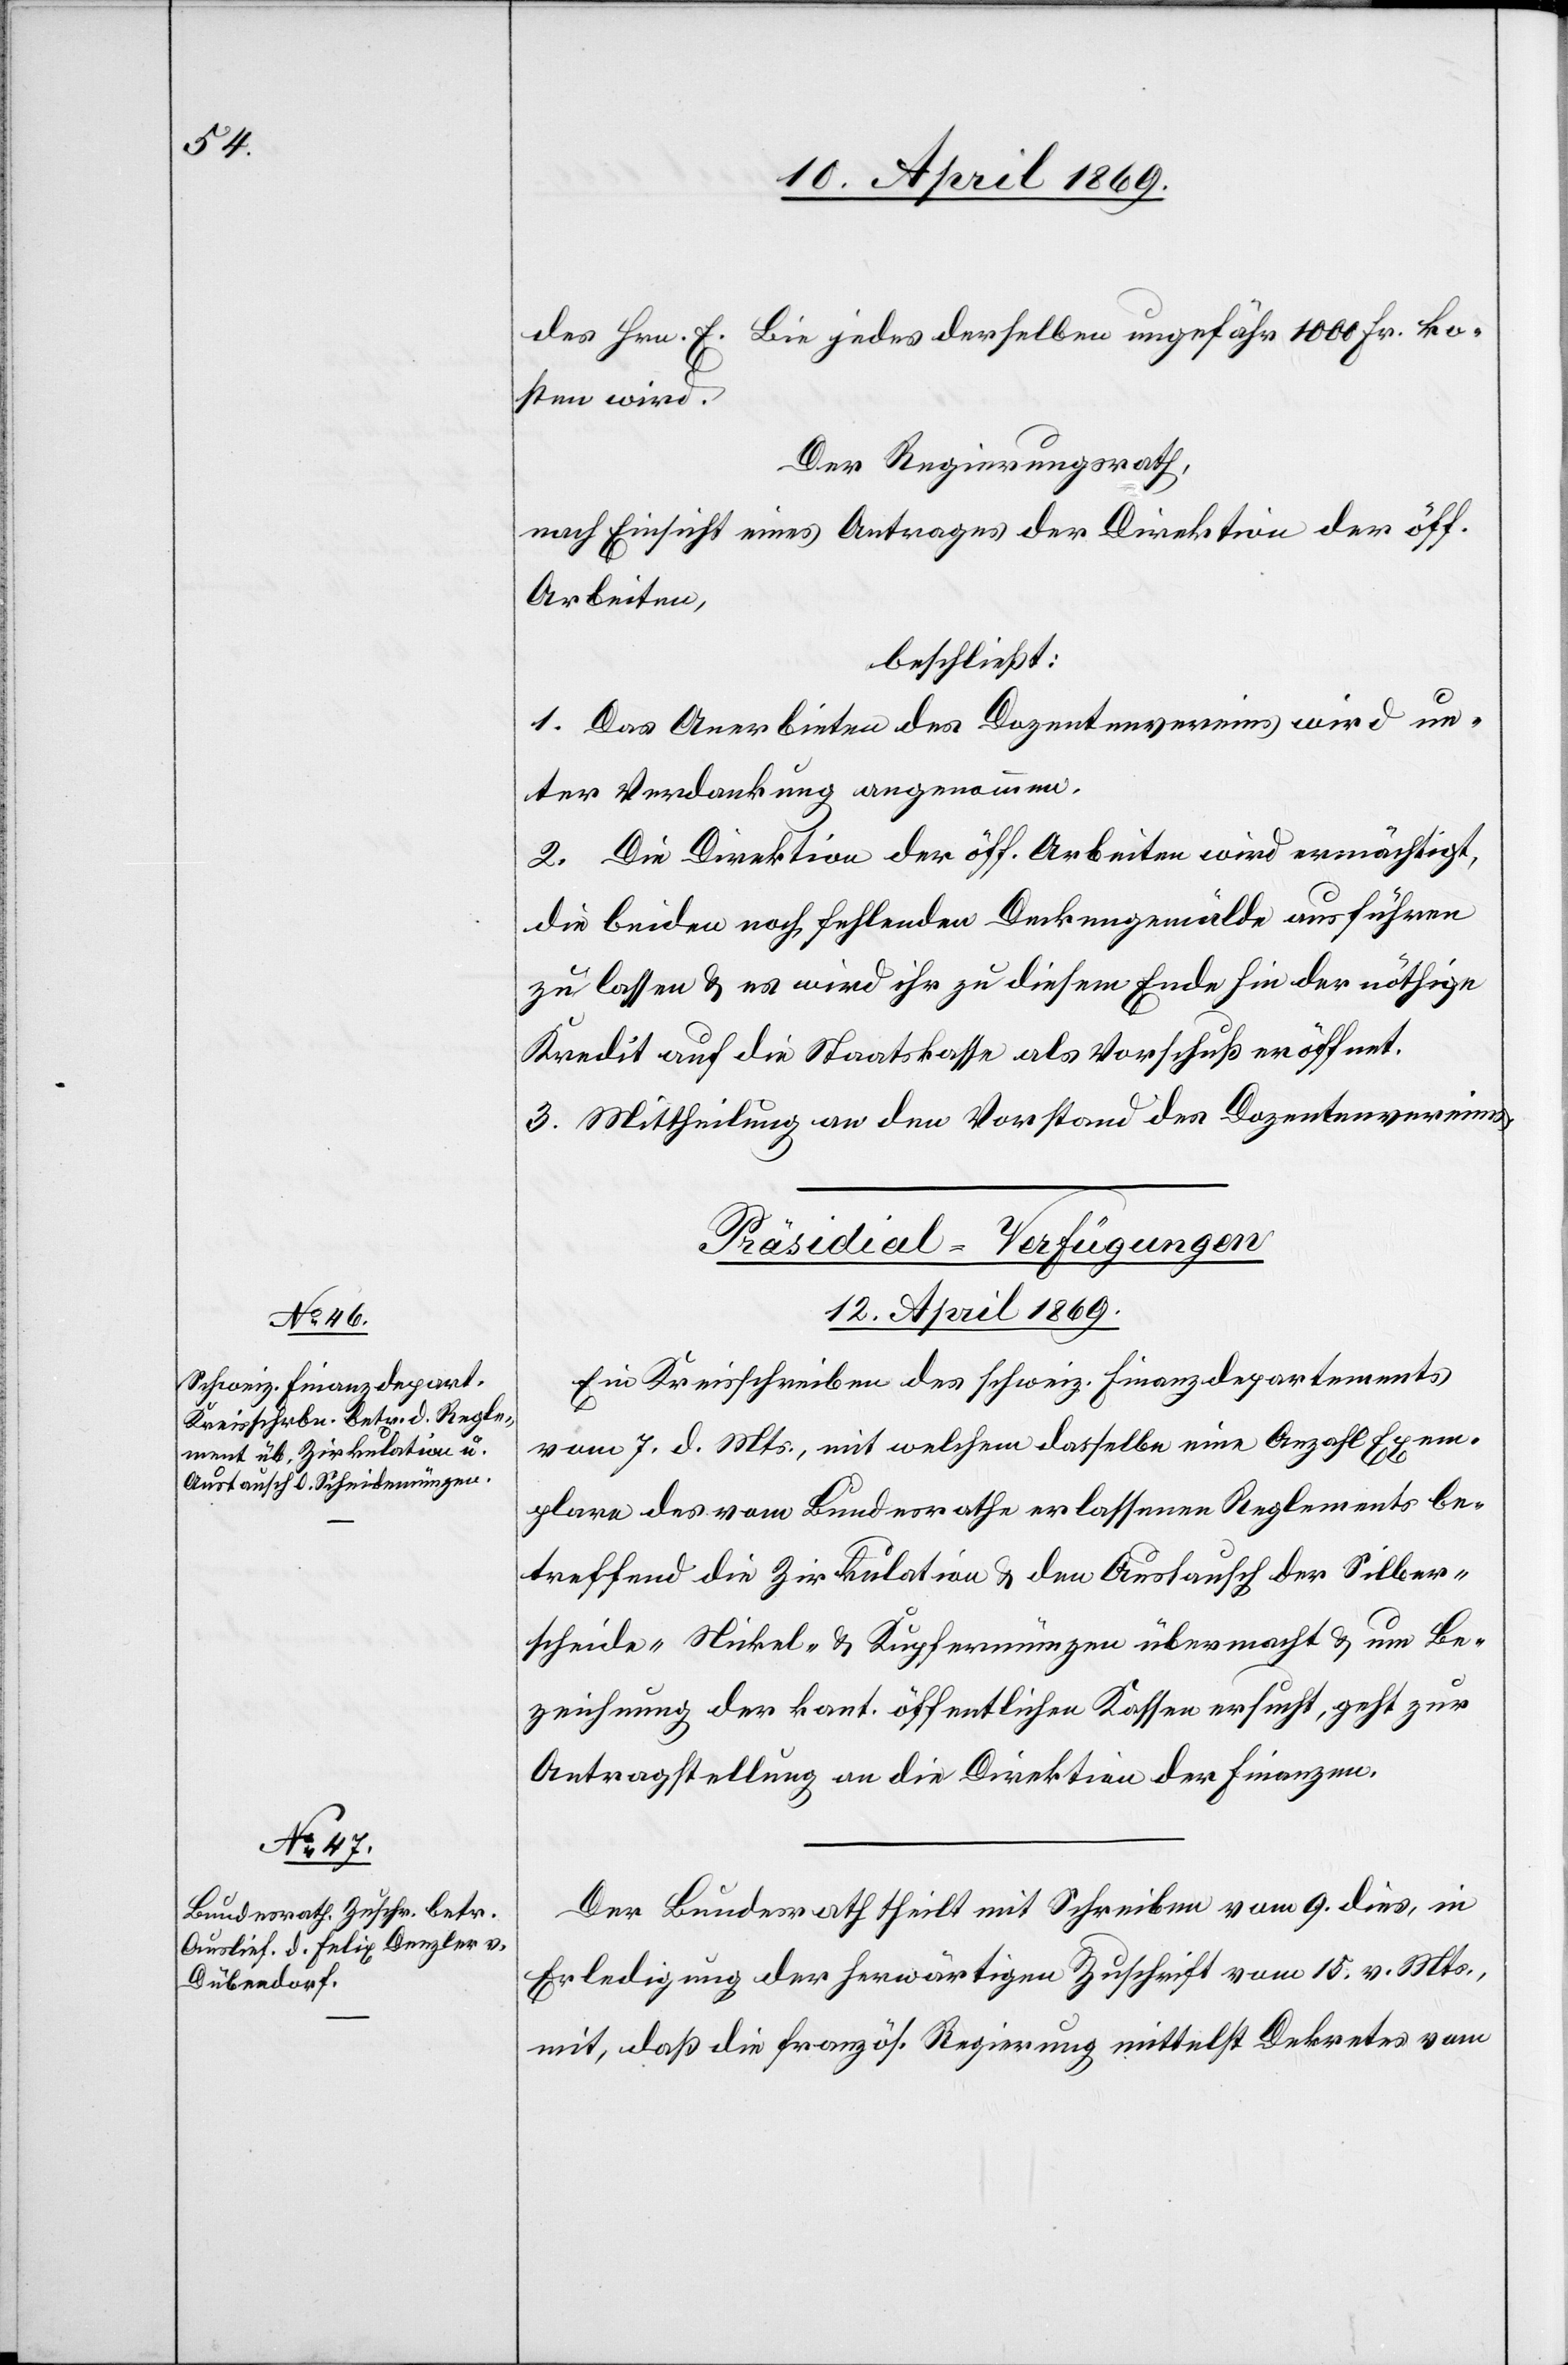
des Hrn. E. Bie jedes derselben ungefähr 1000 Fr. ko¬
sten wird.
Der Regierungsrath,
nach Einsicht eines Antrages der Direktion der öff.
Arbeiten,
beschließt:
1. Das Anerbieten des Dozentenvereins wird un¬
ter Verdankung angenommen.
2. Die Direktion der öff. Arbeiten wird ermächtigt,
die beiden noch fehlenden Denkgemälde ausführen
zu lassen u. es wird ihr zu diesem Ende hin der nöthige
Kredit auf die Staatskasse als Vorschuß eröffnet.
3. Mittheilung an den Vorstand des Dozentenvereins.
[Präsidial-Verfügungen.
12. April 1869.]
Ein Kreisschreiben des schweiz. Finanzdepartements
vom 7. d. Mts., mit welchem dasselbe eine Anzahl Exem¬
plare des vom Bundesrathe erlassenen Reglements be¬
treffend die Zirkulation u. den Austausch der Silber¬
scheide-[,] Nickel- u. Kupfermünzen übermacht u. um Be¬
zeichnung der kant. Öffentlichen Kassen ersucht, geht zur
Antragstellung an die Direktion der Finanzen.
Der Bundesrath theilt mit Schreiben vom 9 dies, in
Erledigung der herwärtigen Zuschrift vom 15. v. Mts.,
mit, daß die französ. Regierung mittelst Dekretes vom